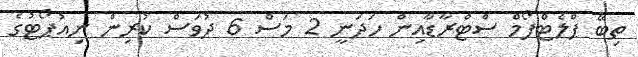
ތިބޭ ޕްލެޓްފޯމް ސްޓްރާޑާއިން ހަދަނީ 2 މަސް 6 ދުވަސް ކުރިން ނިއުޕޯޓުގެ